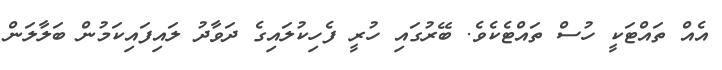
އެއް ތައްޓަކީ ހުސް ތައްޓެކެވެ. ބޭރުގައި ހުރީ ފެހިކުލައިގެ ދަވާދު ލައިފައިކަމުން ބަލާލަން